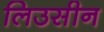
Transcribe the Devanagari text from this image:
लिउसीन